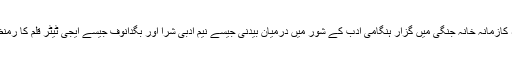
۱۹ ۱۸- ۱۹۲۰ء کازمانہ خانہ جنگی میں گزار ہنگامی ادب کے شور میں درمیان بیدنی جیسے نیم ادبی شرا اور بگدانوف جیسے ایجی ٹیٹر قلم کا رمنظر پر چھا گئے۔